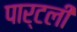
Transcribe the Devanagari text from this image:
पार्टली